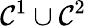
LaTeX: \mathcal{C}^{1}\cup\mathcal{C}^{2}